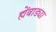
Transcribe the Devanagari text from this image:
ह्येंबाड्या